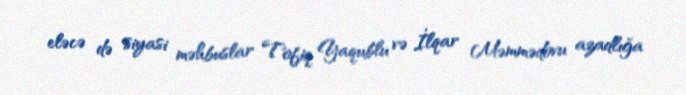
eləcə də siyasi məhbuslar Tofiq Yaqublu və İlqar Məmmədovu azadlığa